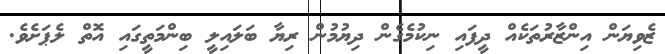
ޒެވިޔަން އިންޒާރުތަކެއް ދީފައި ނިކުމެގެން ދިޔުމުން ރިޔާ ބަލައިލީ ބިންމަތީގައި އޮތް ލެޕަށެވެ.